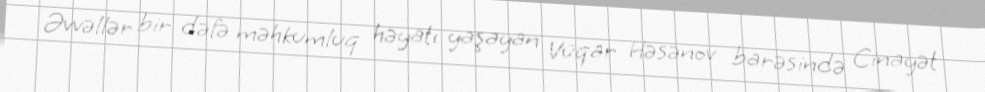
Əvvəllər bir dəfə məhkumluq həyatı yaşayan Vüqar Həsənov barəsində Cinayət